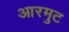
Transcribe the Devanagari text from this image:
आरमुट